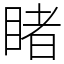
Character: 睹